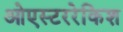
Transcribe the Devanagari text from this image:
ओएस्टररेकिश